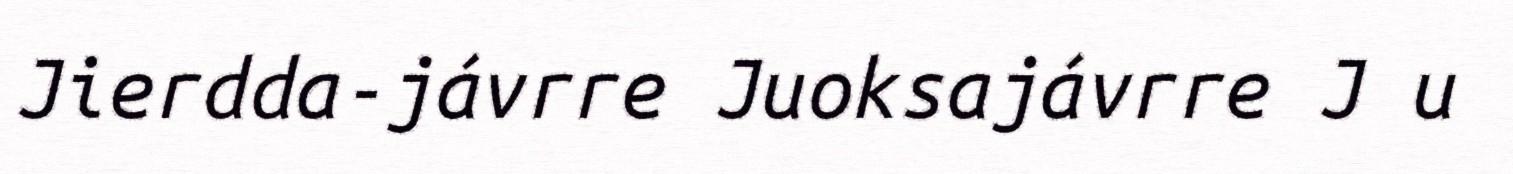
Jierdda-jávrre Juoksajávrre J u